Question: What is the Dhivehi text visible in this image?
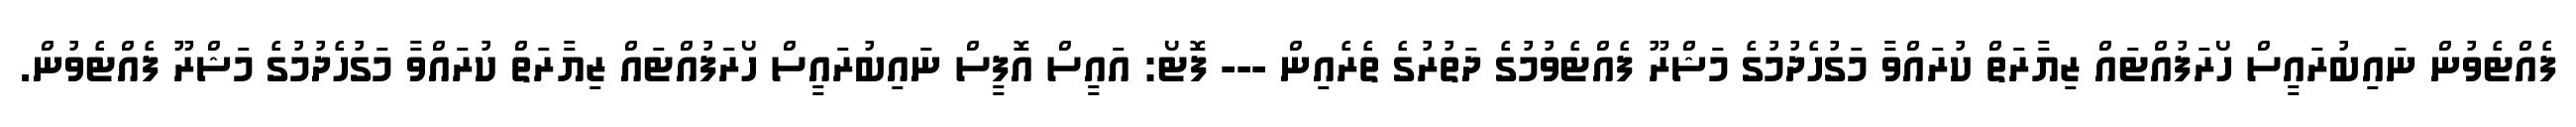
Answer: ފެއްޓެވުން ނައިބުރައީސް ހޯރަފުއްޓައް ޒިޔާރަތް ކުރައްވާ މަގުހެދުމުގެ މަޝްރޫ ފެއްޓެވުމުގެ ދަތުރުގެ ތެރެއިން --- ފޮޓޯ: އައީސް އޮފީސް ނައިބުރައީސް ހޯރަފުއްޓައް ޒިޔާރަތް ކުރައްވާ މަގުހެދުމުގެ މަޝްރޫ ފެއްޓެވުން.